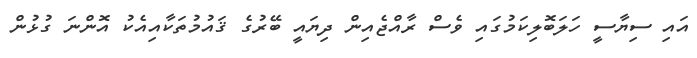
އައި ސިޔާސީ ހަލަބޮލިކަމުގައި ވެސް ރާއްޖެއިން ދިޔައީ ބޭރުގެ ޤައުމުތަކާއިއެކު އޮންނަ ގުޅުން